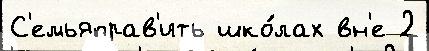
С'емьяправ'ить шко́лах вн'е 2